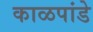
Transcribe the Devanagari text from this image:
काळपांडे